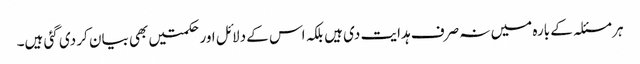
ہر مسئلہ کے بارہ میں نہ صرف ہدایت دی ہیں بلکہ اس کے دلائل اورحکمتیں بھی بیان کر دی گئی ہیں۔